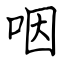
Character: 咽